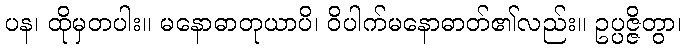
ပန၊ ထိုမှတပါး။ မနောဓာတုယာပိ၊ ဝိပါက်မနောဓာတ်၏လည်း။ ဥပ္ပဇ္ဇိတွာ၊